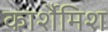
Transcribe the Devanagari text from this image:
कार्शैमिश